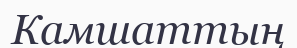
Камшаттың